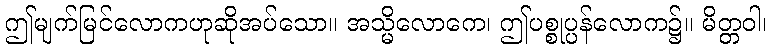
ဤမျက်မြင်လောကဟုဆိုအပ်သော။ အသ္မိလောကေ၊ ဤပစ္စုပ္ပန်လောက၌။ မိတ္တဝါ၊